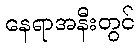
နေရာအနီးတွင်